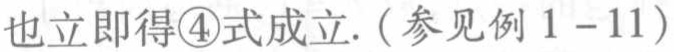
也立即得\textcircled{4}式成立. (参见例 \(1 - 11\))